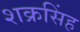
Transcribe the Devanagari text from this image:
शक्रसिंह